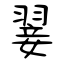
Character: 翣